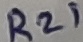
Text: R21